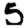
Digit: 5